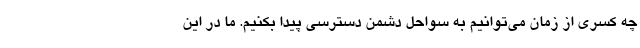
چه کسری از زمان می‌توانیم به سواحل دشمن دسترسی پیدا بکنیم. ما در این